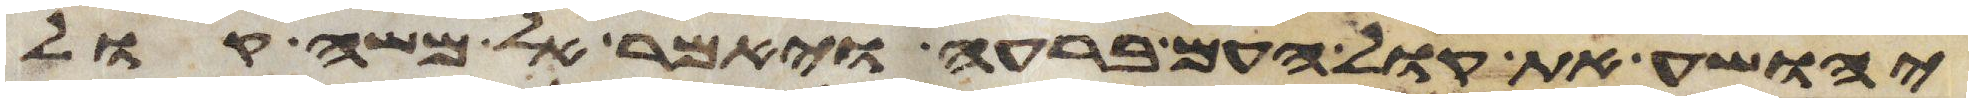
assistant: יהושע את קול העם ברעה ויאמר אל משה קול